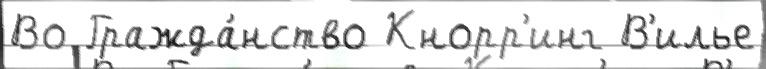
Во Гражда́нство Кнорр'инг В'илье